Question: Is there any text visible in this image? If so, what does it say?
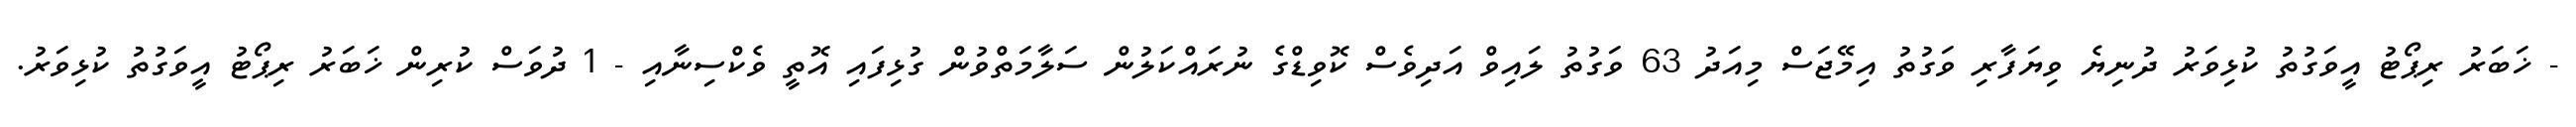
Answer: - ޚަބަރު ރިޕޯޓު އީވަގުތު ކުޅިވަރު ދުނިޔެ ވިޔަފާރި ވަގުތު އިމޭޖަސް މިއަދު 63 ވަގުތު ލައިވް އަދިވެސް ކޮވިޑްގެ ނުރައްކަލުން ސަލާމަތްވުން ގުޅިފައި އޮތީ ވެކްސިނާއި - 1 ދުވަސް ކުރިން ޚަބަރު ރިޕޯޓު އީވަގުތު ކުޅިވަރު.